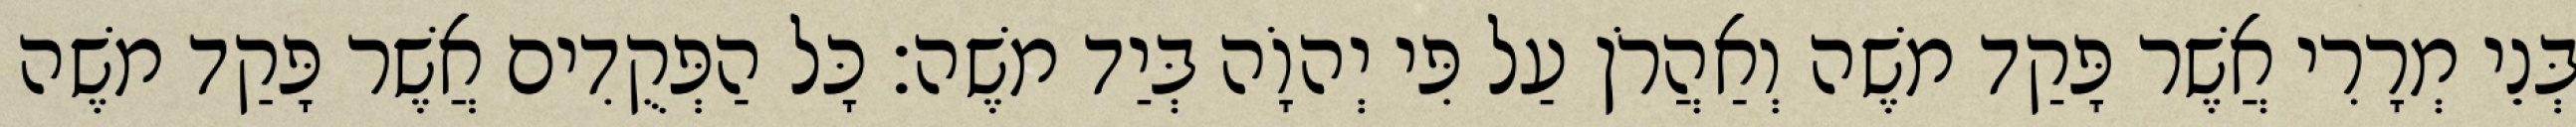
בְּנֵי מְרָרִי אֲשֶׁר פָּקַד משֶׁה וְאַהֲרֹן עַל פִּי יְהוָֹה בְּיַד משֶׁה׃ כָּל הַפְּקֻדִים אֲשֶׁר פָּקַד משֶׁה